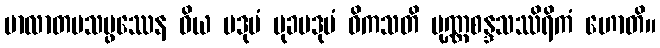
ဗာလာတပသမ္ဖဿေန ဝိယ ပဒုမံ မုခပဒုမံ ဝိကသတိ ပုဏ္ဏစန္ဒသဿိရိကံ ဟောတိ။